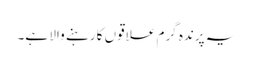
یہ پرندہ گرم علاقوں کا رہنے والا ہے۔